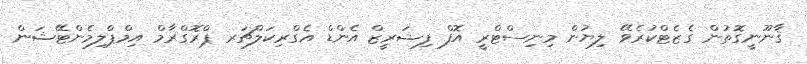
ޤާނޫނީގޮތުން ގެޒެޓްކުރެވޭ ލިޔުން މިނިސްޓްރީ އޮފް ފިޝަރީޒް އެންޑް އެގްރިކަލްޗަރ ޕްރޮގްރާމް އިމްޕްލިމެންޓޭޝަން